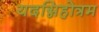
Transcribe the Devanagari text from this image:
यदग्निहोत्रम